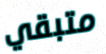
متبقي